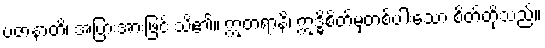
ပဇာနာတိ၊ အပြားအားဖြင့် သိ၏။ ဣတရာနိ၊ ဣဒ္ဓိစိတ်မှတစ်ပါးသော စိတ်တို့သည်။